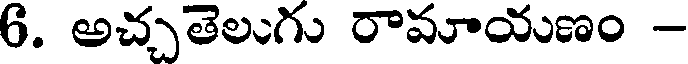
6. అచ్చతెలుగు రామాయణం -